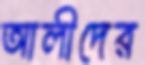
আলীদের